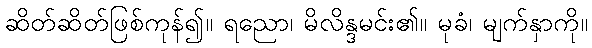
ဆိတ်ဆိတ်ဖြစ်ကုန်၍။ ရညော၊ မိလိန္ဒမင်း၏။ မုခံ၊ မျက်နှာကို။